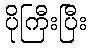
ပိုကြီးပြီး